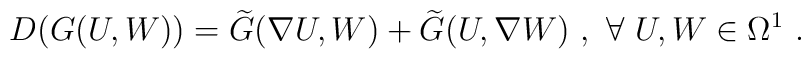
D(G(U, W)) = \widetilde{G} (\nabla U, W) +\widetilde{G} (U, \nabla W)~, ~\forall ~ U, W \in \Omega^1~.